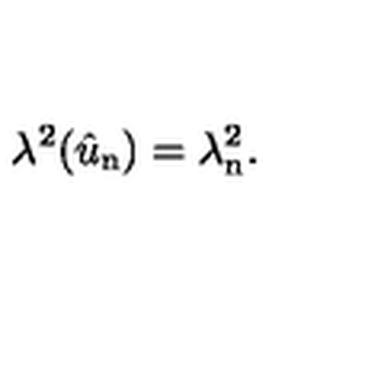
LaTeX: \lambda ^ { 2 } ( \hat { u } _ { \mathrm { n } } ) = \lambda _ { \mathrm { n } } ^ { 2 } .